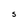
Character: S